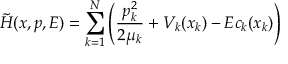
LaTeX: \tilde { H } ( x , p , E ) = \sum _ { k = 1 } ^ { N } \left( \frac { p _ { k } ^ { 2 } } { 2 \mu _ { k } } + V _ { k } ( x _ { k } ) - E c _ { k } ( x _ { k } ) \right)